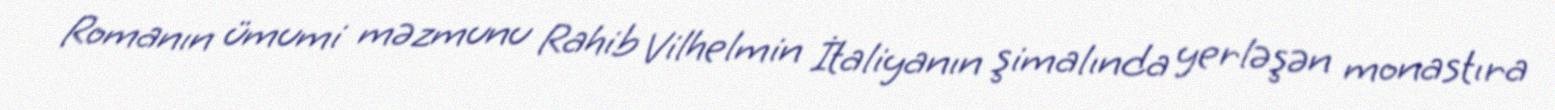
Romanın ümumi məzmunu Rahib Vilhelmin İtaliyanın şimalında yerləşən monastıra